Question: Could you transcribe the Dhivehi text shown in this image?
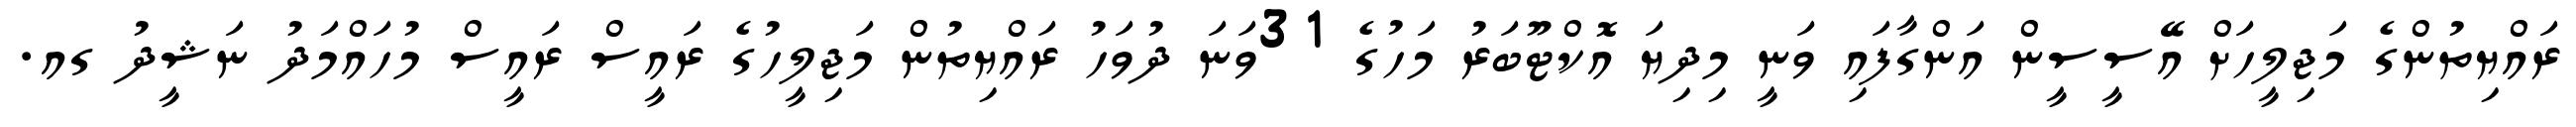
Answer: ރައްޔިތުންގެ މަޖިލީހަށް އޭސީސީން އަންގާފައި ވަނީ މިދިޔަ އޮކްޓޫބަރު މަހުގެ 31ވަނަ ދުވަހު ރައްޔިތުން މަޖިލީހުގެ ރައީސް ރައީސް މުހައްމަދު ނަޝީދު ގއ.